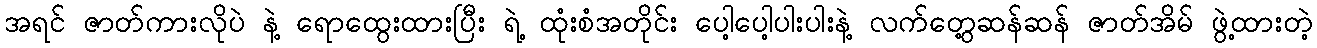
အရင် ဇာတ်ကားလိုပဲ နဲ့ ရောထွေးထားပြီး ရဲ့ ထုံးစံအတိုင်း ပေါ့ပေါ့ပါးပါးနဲ့ လက်တွေ့ဆန်ဆန် ဇာတ်အိမ် ဖွဲ့ထားတဲ့